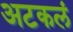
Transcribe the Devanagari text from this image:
अटकलं